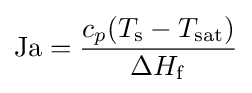
\mathrm {Ja} ={\frac {c_{p}(T_{\mathrm {s} }-T_{\mathrm {sat} })}{\Delta H_{\mathrm {f} }}}